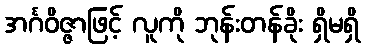
အင်္ဂဝိဇ္ဇာဖြင့် လူကို ဘုန်းတန်ခိုး ရှိမရှိ